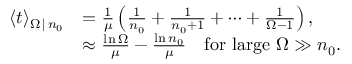
\begin{array} { r l } { \langle t \rangle _ { \Omega \, | \, n _ { 0 } } } & { = \frac { 1 } { \mu } \left( \frac { 1 } { n _ { 0 } } + \frac { 1 } { n _ { 0 } + 1 } + \cdots + \frac { 1 } { \Omega - 1 } \right) , } \\ & { \approx \frac { \ln \Omega } { \mu } - \frac { \ln n _ { 0 } } { \mu } \quad \mathrm { f o r ~ l a r g e ~ } \Omega \gg n _ { 0 } . } \end{array}